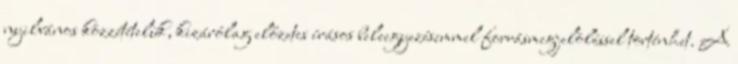
nyilvános közzétételük, kizárólag előzetes írásos beleegyezésemmel forrásmegjelöléssel történhet. A